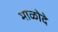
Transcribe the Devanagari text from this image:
माळोदे